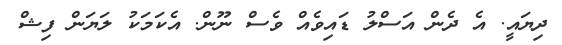
ދިޔައީ. އެ ދެން އަސްލު ޑައިވެއް ވެސް ނޫން. އެކަމަކު ލަޔަން ފިޝް